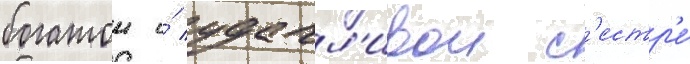
богатои и́ удачл'ивои с'естр'е́